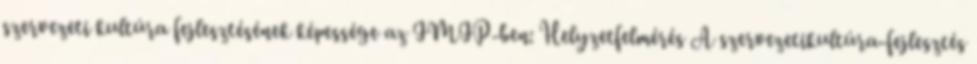
szervezeti kultúra fejlesztésének képessége az IMIP-ben: Helyzetfelmérés A szervezetikultúra-fejlesztés